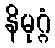
နိမုဂ္ဂံ